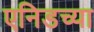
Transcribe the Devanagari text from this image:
एनिडच्या